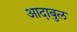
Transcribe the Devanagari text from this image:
आदाबुल